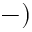
- )